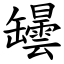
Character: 罎